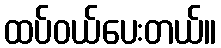
ထပ်ဝယ်ပေးတယ်။